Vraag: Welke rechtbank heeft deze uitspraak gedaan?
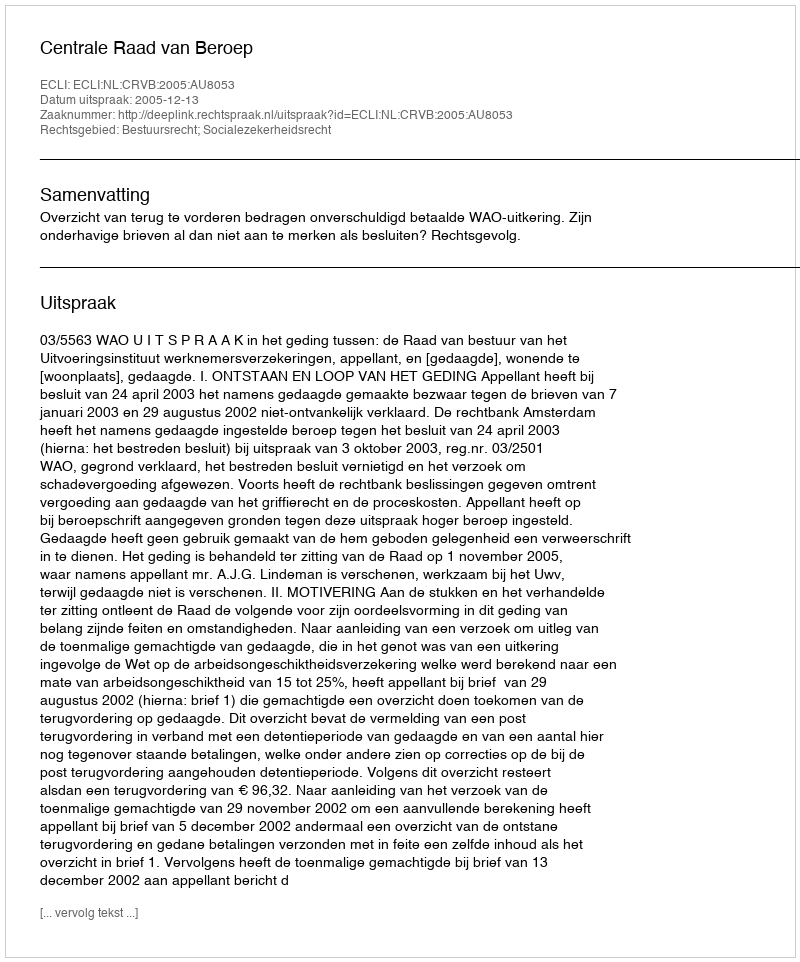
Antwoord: Centrale Raad van Beroep